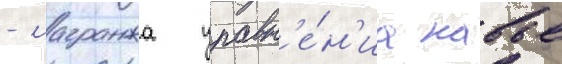
- лагранжа уравн'е́н'иа навье